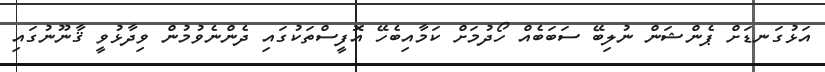
އަޅުގަނޑަށް ޕެންޝަން ނުލިބޭ ސަބަބެއް ހޯދުމަށް ކަމާއިބެހޭ އޮފީސްތަކުގައި ދެންނެވުމުން ވިދާޅުވީ ޤާނޫނުގައި